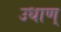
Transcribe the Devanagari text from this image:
उधाण्